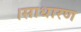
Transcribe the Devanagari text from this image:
।साधारण